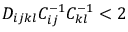
D _ { i j k l } C _ { i j } ^ { - 1 } C _ { k l } ^ { - 1 } < 2